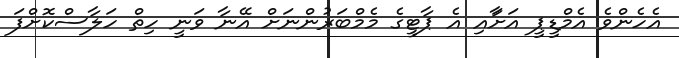
އެހެންވެ އެމްޑީޕީ އަށާައި އެ ޕާޓީގެ މެމްބަރުންނަށް އޭނާ ވަނީ ހިތް ހަލާސްކޮށްފަ